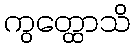
ကွတ္ထောသိ